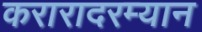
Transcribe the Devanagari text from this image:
करारादरम्यान